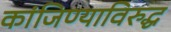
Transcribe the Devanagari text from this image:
कांजिण्याविरुद्ध